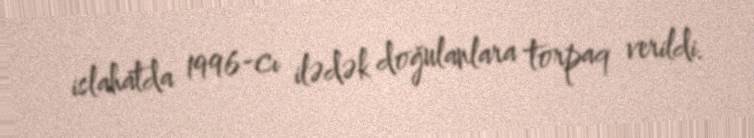
islahatda 1996-cı ilədək doğulanlara torpaq verildi.